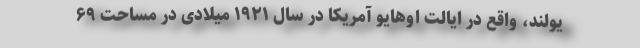
یولند، واقع در ایالت اوهایو آمریکا در سال ۱۹۲۱ میلادی در مساحت ۶۹